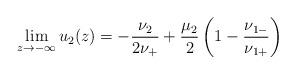
LaTeX: \begin{align*}\lim_{z\to-\infty}u_2(z)=-\frac{\nu_2}{2\nu_+}+\frac{\mu_2}{2}\left(1-\frac{\nu_{1-}}{\nu_{1+}}\right)\end{align*}